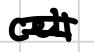
Text: cell
Cross-out: double-line
Writing tool: digital_black